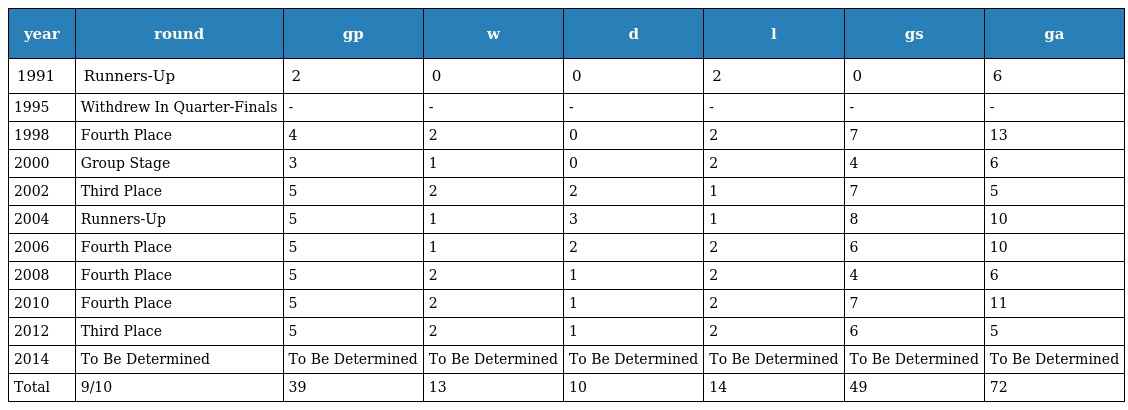
| year | round | gp | w | d | l | gs | ga |
 | --- | --- | --- | --- | --- | --- | --- | --- |
 | 1991 | Runners-Up | 2 | 0 | 0 | 2 | 0 | 6 |
 | 1995 | Withdrew In Quarter-Finals | - | - | - | - | - | - |
 | 1998 | Fourth Place | 4 | 2 | 0 | 2 | 7 | 13 |
 | 2000 | Group Stage | 3 | 1 | 0 | 2 | 4 | 6 |
 | 2002 | Third Place | 5 | 2 | 2 | 1 | 7 | 5 |
 | 2004 | Runners-Up | 5 | 1 | 3 | 1 | 8 | 10 |
 | 2006 | Fourth Place | 5 | 1 | 2 | 2 | 6 | 10 |
 | 2008 | Fourth Place | 5 | 2 | 1 | 2 | 4 | 6 |
 | 2010 | Fourth Place | 5 | 2 | 1 | 2 | 7 | 11 |
 | 2012 | Third Place | 5 | 2 | 1 | 2 | 6 | 5 |
 | 2014 | To Be Determined | To Be Determined | To Be Determined | To Be Determined | To Be Determined | To Be Determined | To Be Determined |
 | Total | 9/10 | 39 | 13 | 10 | 14 | 49 | 72 |